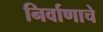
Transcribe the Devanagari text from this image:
निर्वाणाचे